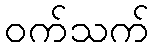
ဝက်သက်